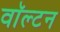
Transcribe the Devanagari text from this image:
वाॅल्टन